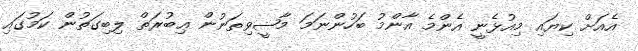
އެއަށް ކިޔައި މިއުޅެނީ އެންމެ އާންމު ބަހުންނަމަ މާޟީވިތަނުން ޢިބުރަތް ލިބިގަތުން ކަމުގައި